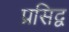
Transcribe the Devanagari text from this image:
प्रसिद्व